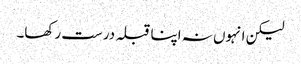
لیکن انہوں نہ اپنا قبلہ درست رکھا۔